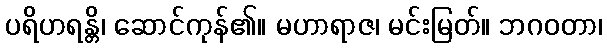
ပရိဟရန္တိ၊ ဆောင်ကုန်၏။ မဟာရာဇ၊ မင်းမြတ်။ ဘဂဝတာ၊